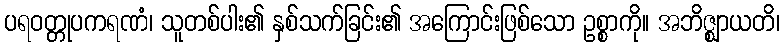
ပရဝတ္တုပကရဏံ၊ သူတစ်ပါး၏ နှစ်သက်ခြင်း၏ အကြောင်းဖြစ်သော ဥစ္စာကို။ အဘိဇ္ဈာယတိ၊